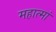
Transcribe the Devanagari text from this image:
महात्मां